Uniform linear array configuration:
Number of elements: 16
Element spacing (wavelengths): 0.5
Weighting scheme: cosine
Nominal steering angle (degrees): -45
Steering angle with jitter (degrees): -43.617
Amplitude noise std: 0.05
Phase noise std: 0.05

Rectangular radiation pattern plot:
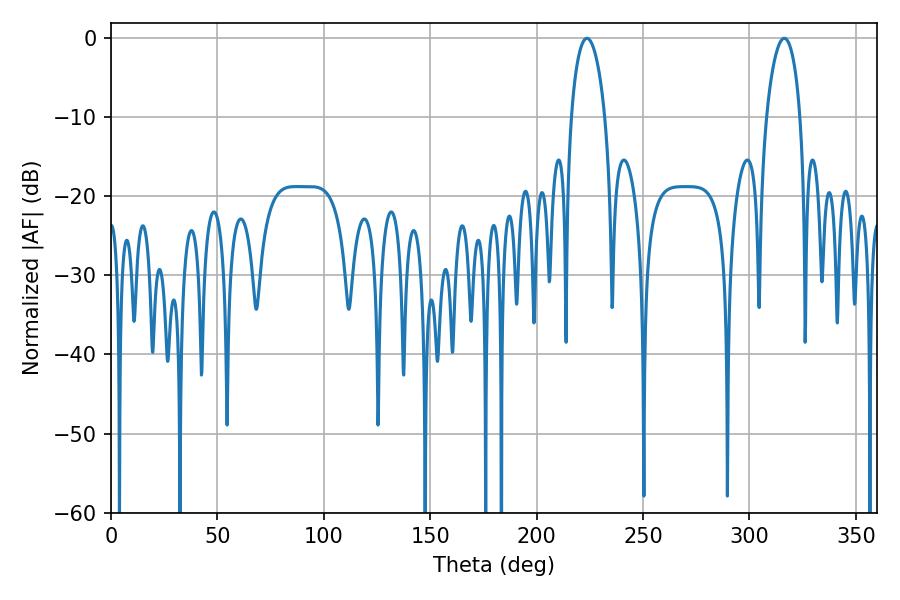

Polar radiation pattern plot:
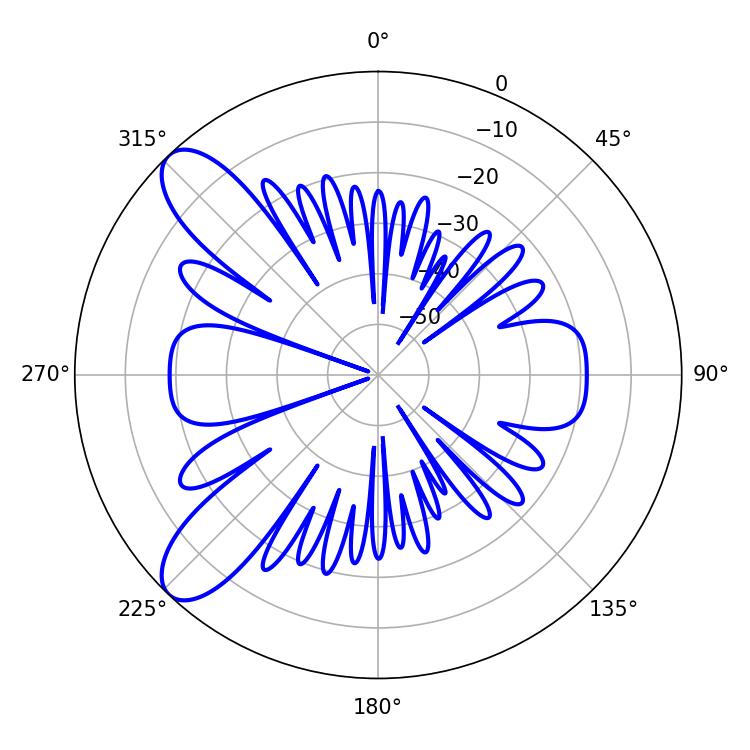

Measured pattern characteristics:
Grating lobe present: FALSE
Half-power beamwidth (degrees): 9.18
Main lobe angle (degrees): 223.56